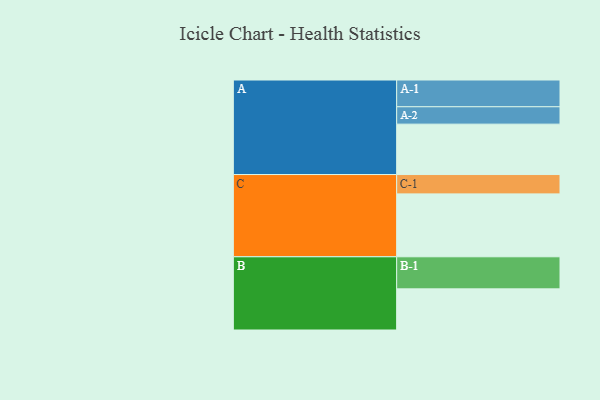
{"axis": {"x": "Segment", "y": "Value"}, "legend": ["", "A", "B", "C"], "data": [{"x": "A", "y": 435, "type": ""}, {"x": "B", "y": 355, "type": ""}, {"x": "C", "y": 543, "type": ""}, {"x": "A-1", "y": 231, "type": "A"}, {"x": "A-2", "y": 150, "type": "A"}, {"x": "B-1", "y": 277, "type": "B"}, {"x": "C-1", "y": 167, "type": "C"}]}